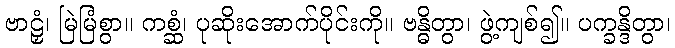
ဗာဠှံ၊ မြဲမြံစွာ။ ကစ္ဆံ၊ ပုဆိုးအောက်ပိုင်းကို။ ဗန္ဓိတွာ၊ ဖွဲ့ကျစ်၍။ ပက္ခန္ဒိတွာ၊